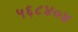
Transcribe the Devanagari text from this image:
५६८४०४